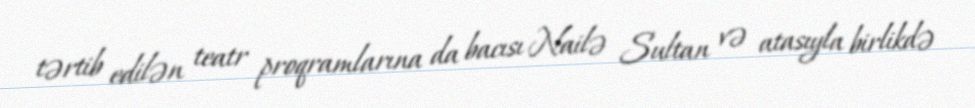
tərtib edilən teatr proqramlarına da bacısı Nailə Sultan və atasıyla birlikdə